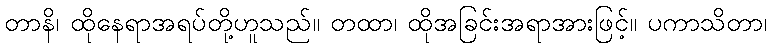
တာနိ၊ ထိုနေရာအရပ်တို့ဟူသည်။ တထာ၊ ထိုအခြင်းအရာအားဖြင့်။ ပကာသိတာ၊